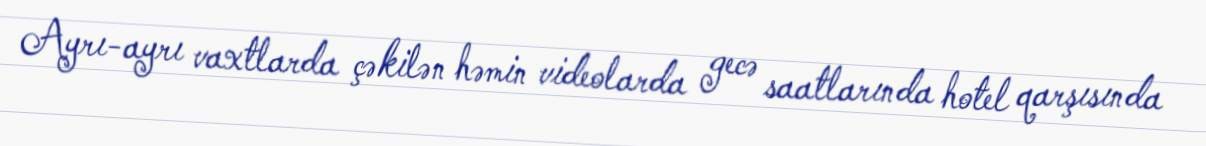
Ayrı-ayrı vaxtlarda çəkilən həmin videolarda gecə saatlarında hotel qarşısında